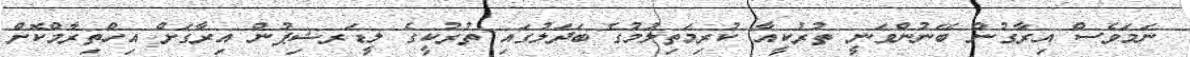
ނަމަވެސް އިރާގުން ބޭނުންވަނީ ތުރުކީއާ ކުރިމަތިލުމުގެ ބަދަލުގައި ތުރުކީގެ ލީޑަރޝިޕުން އިރާގަށް އިހްތިރާމްކޮށް